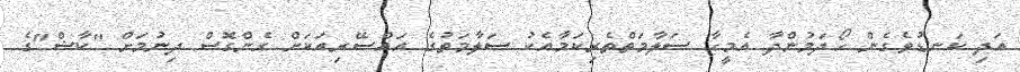
އަދި ކަނޑުވެގެން ހޯދަމުންދާ އެމީހާ ސަލާމަތްތެރިކަމާއެކު ސަލާމަތުގެ އައްސޭރިއަކަށް ގެންގޮސް ދިނުމަށް "ކާޝް"ގެ